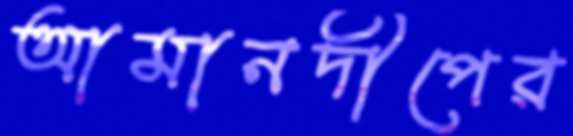
আমানদীপের